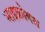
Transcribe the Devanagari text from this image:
माइक्रोबस